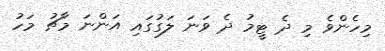
މިހެންވެ މި ދެ ޓީމު ދެ ވަނަ ލަގުގައި އަންނަ މާޗު މަހު